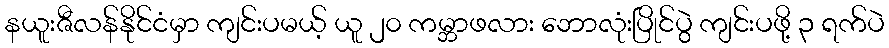
နယူးဇီလန်နိုင်ငံမှာ ကျင်းပမယ့် ယူ ၂၀ ကမ္ဘာဖလား ဘောလုံးပြိုင်ပွဲ ကျင်းပဖို့ ၃ ရက်ပဲ